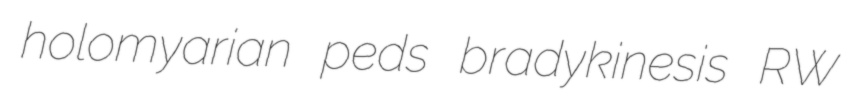
holomyarian peds bradykinesis RW